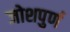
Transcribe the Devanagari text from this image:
जोशपुर्ण